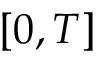
[ 0 , T ]